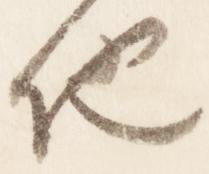
他